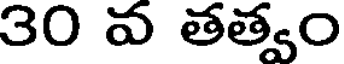
30 వ తత్వం